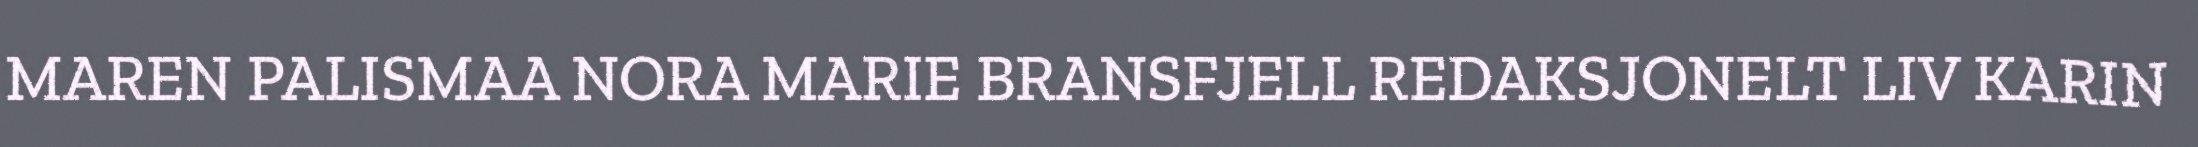
MAREN PALISMAA NORA MARIE BRANSFJELL REDAKSJONELT LIV KARIN